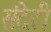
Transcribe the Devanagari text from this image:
संदेरी